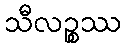
သီလဉ္စဿ